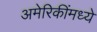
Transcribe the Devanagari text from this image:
अमेरिकींमध्ये